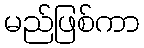
မည်ဖြစ်ကာ